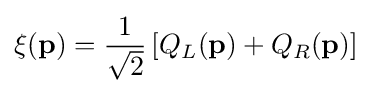
\xi (\mathbf {p} )={1 \over {\sqrt {2}}}\left[Q_{L}(\mathbf {p} )+Q_{R}(\mathbf {p} )\right]